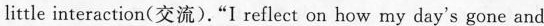
little interaction(交流)."I reflect on how my day's gone and